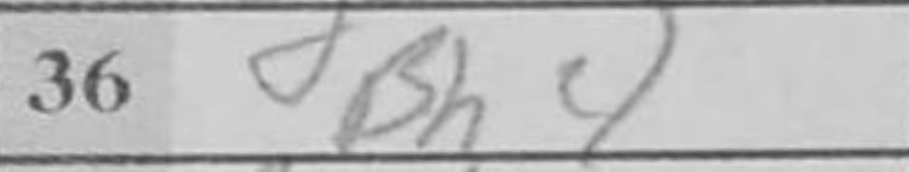
Transcription: Bh4